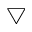
\bigtriangledown